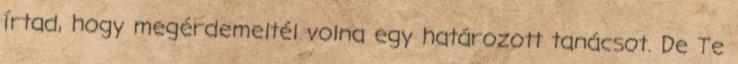
írtad, hogy megérdemeltél volna egy határozott tanácsot. De Te